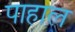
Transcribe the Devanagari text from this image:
पाहाल